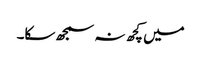
میں کچھ نہ سمجھ سکا۔